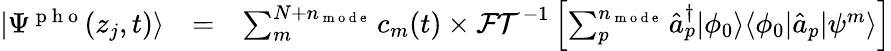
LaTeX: \begin{array}{ccl}{|\Psi^{\mathrm{~p~h~o~}}(z_{j},t)\rangle}&{=}&{\sum_{m}^{N+n_{\mathrm{~m~o~d~e~}}}c_{m}(t)\times\mathcal{FT}^{-1}\left[\sum_{p}^{n_{\mathrm{~m~o~d~e~}}}\hat{a}_{p}^{\dagger}|\phi_{0}\rangle\langle\phi_{0}|\hat{a}_{p}|\psi^{m}\rangle\right]}\end{array}